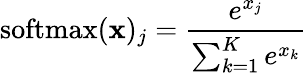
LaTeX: {\mathrm{softmax}}(\mathbf{x})_{j}={\frac{e^{x_{j}}}{\sum_{k=1}^{K}e^{x_{k}}}}